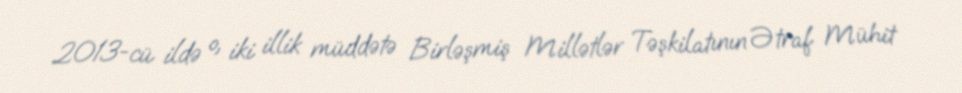
2013-cü ildə o, iki illik müddətə Birləşmiş Millətlər Təşkilatının Ətraf Mühit